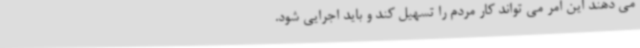
می دهند این امر می تواند کار مردم را تسهیل کند و باید اجرایی شود.